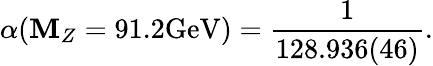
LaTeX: \alpha(\mathbf{M}_{Z}=91.2\mathrm{{GeV}})=\frac{1}{{128.936(46)}}.